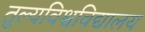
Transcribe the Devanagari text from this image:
तुल्यविश्वविद्यालय